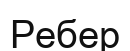
Ребер